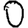
Digit: 0